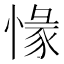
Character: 𢞶